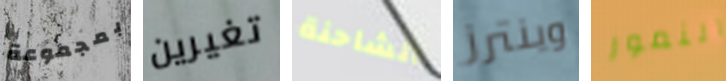
بمجموعة تغيرين الشاحنة وينترز النمور